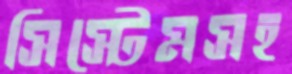
সিস্টেমসহ